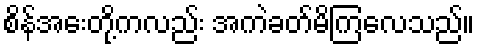
စိန်အေးတို့ကလည်း အကဲခတ်မိကြလေသည်။